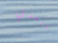
تبعدني